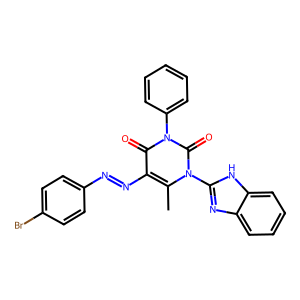
SMILES: Cc1c(N=Nc2ccc(Br)cc2)c(=O)n(-c2ccccc2)c(=O)n1-c1nc2ccccc2[nH]1
Inhibits HIV replication: No